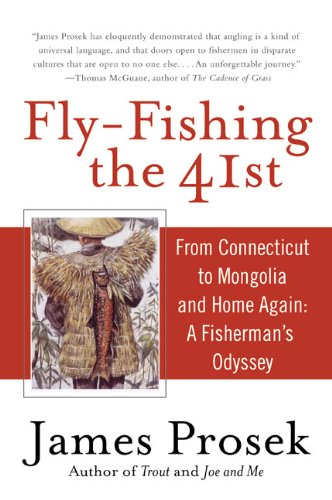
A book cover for Fly-Fishing the 41st: From Connecticut to Mongolia and Home Again: A Fisherman's Odyssey; James Prosek; Biographies & Memoirs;